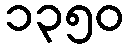
၁၃၅၀